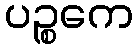
ပဉ္စကေ